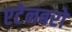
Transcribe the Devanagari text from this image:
एटेनबरो